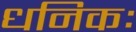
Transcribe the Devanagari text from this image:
धनिकः